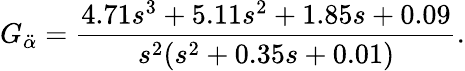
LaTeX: G_{\ddot{\alpha}}=\frac{4.71s^{3}+5.11s^{2}+1.85s+0.09}{s^{2}(s^{2}+0.35s+0.01)}.